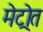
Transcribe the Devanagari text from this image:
मेट्रोत